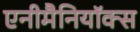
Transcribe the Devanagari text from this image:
एनीमैनियॉक्स